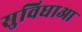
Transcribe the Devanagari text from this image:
सुविधाआ